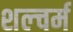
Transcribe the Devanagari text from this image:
शल्चर्म